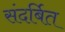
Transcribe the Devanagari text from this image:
संदर्बित